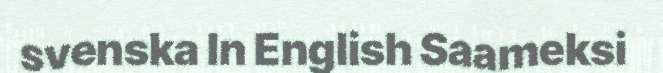
svenska In English Saameksi